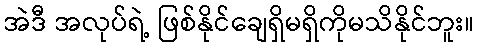
အဲဒီ အလုပ်ရဲ့ ဖြစ်နိုင်ချေရှိမရှိကိုမသိနိုင်ဘူး။